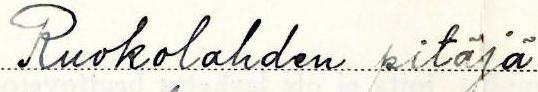
Ruokolahden pitäjä